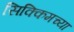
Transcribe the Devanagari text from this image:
सिक्किमच्या